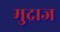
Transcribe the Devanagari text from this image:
मुद्राज